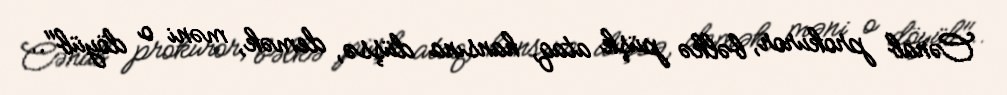
Cənab prokuror, bəlkə püşk ataq, hansına düşsə, demək, məni o döyüb"..